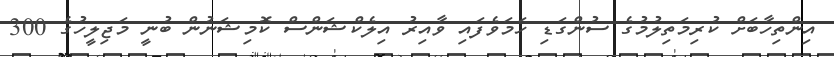
އިންތިހާބަށް ކުރިމަތިލުމުގެ ސުންގަޑި ހަމަވެފައި ވާއިރު އިލެކްޝަންސް ކޮމިޝަނުން ބުނީ މަޖިލީހުގެ 300